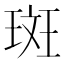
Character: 斑